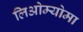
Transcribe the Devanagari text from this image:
लिओम्योमा